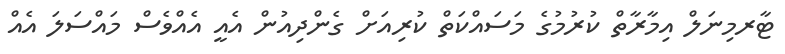
ޓާރމިނަލް އިމާރާތް ކުރުމުގެ މަސަައްކަތް ކުރިއަށް ގެންދިއުން އެއީ އެއްވެސް މައްސަލަ އެއް